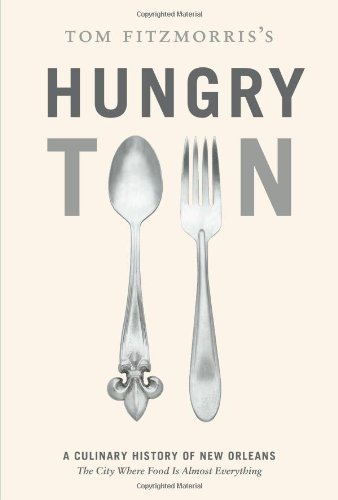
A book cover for Tom Fitzmorris's Hungry Town: A Culinary History of New Orleans, the City Where Food Is Almost Everything; Tom Fitzmorris; Cookbooks, Food & Wine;